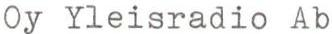
Oy Yleisradio Ab